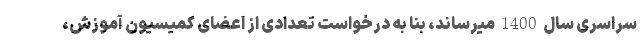
سراسری سال 1400 میرساند، بنا به درخواست تعدادی از اعضای کمیسیون آموزش،